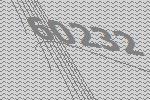
60232